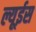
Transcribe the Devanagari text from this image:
ल्यूईस